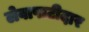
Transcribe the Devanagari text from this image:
लेवापाटीदार